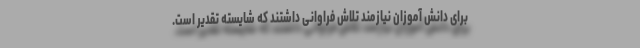
برای دانش آموزان نیازمند تلاش فراوانی داشتند که شایسته تقدیر است.